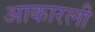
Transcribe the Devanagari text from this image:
आकारली